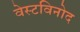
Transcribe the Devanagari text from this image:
वेस्टविनोद